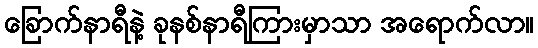
ခြောက်နာရီနဲ့ ခုနစ်နာရီကြားမှာသာ အရောက်လာ။